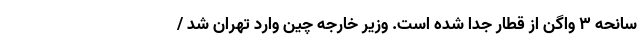
سانحه ۳ واگن از قطار جدا شده است. وزیر خارجه چین وارد تهران شد /